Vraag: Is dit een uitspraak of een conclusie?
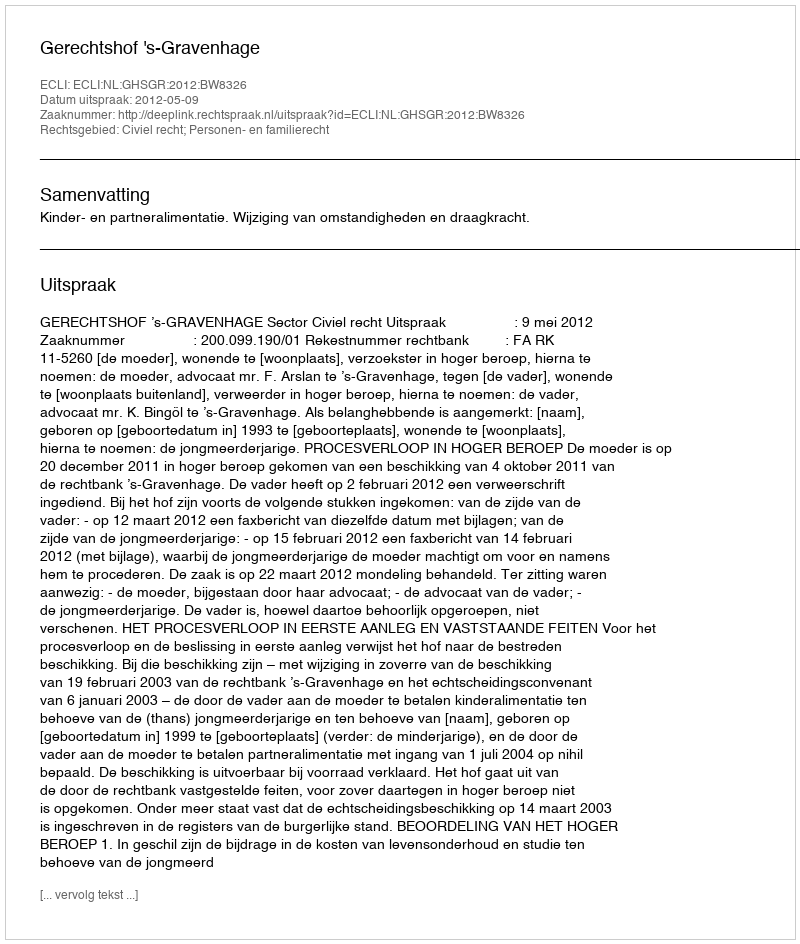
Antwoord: Uitspraak